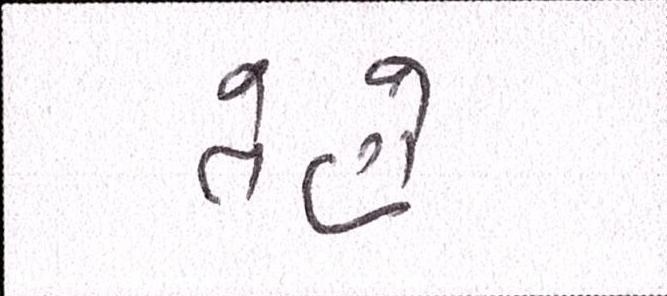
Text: તેણે